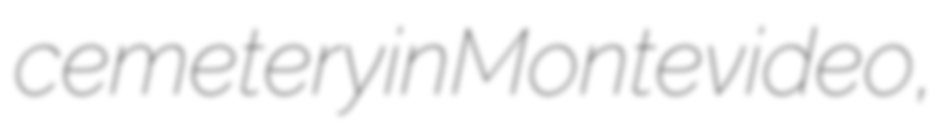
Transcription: cemetery in Montevideo,